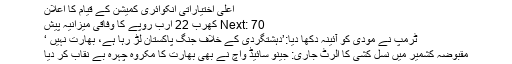
اعلیٰ اختیاراتی انکوائری کمیشن کے قیام کا اعلان
Next: 70 کھرب 22 ارب روپے کا وفاقی میزانیہ پیش
ٹرمپ نے مودی کو آئینہ دکھا دیا:’دہشتگردی کے خلاف جنگ پاکستان لڑ رہا ہے، بھارت نہیں ‘
مقبوضہ کشمیر میں نسل کشی کا الرٹ جاری: جینو سائیڈ واچ نے بھی بھارت کا مکروہ چہرہ بے نقاب کر دیا